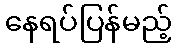
နေရပ်ပြန်မည့်